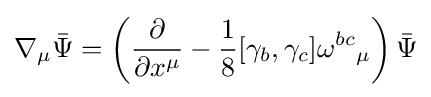
\nabla _{\mu }{\bar {\Psi }}=\left({\frac {\partial }{\partial x^{\mu }}}-{\frac {1}{8}}[\gamma _{b},\gamma _{c}]{\omega ^{bc}}_{\mu }\right){\bar {\Psi }}